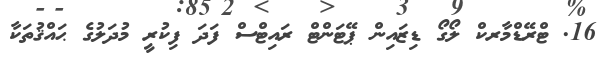
16. ޓްރޭޑްމާރކް ލޯގޯ ޑިޒައިން ޕޭޓަންޓް ރައިޓްސް ފަދަ ފިކުރީ މުދަލުގެ ޙައްޤުތަކާ